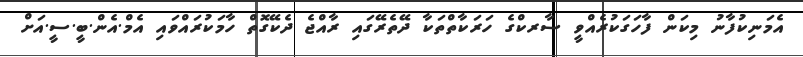
އެމަނިކުފާނު މިކަން ފާހަގަކުރެއްވީ ސާރކްގެ ހަރަކާތްތަކާ ދޭތެރޭގައި ރާއްޖެ ދެކޭގޮތް ހާމަކުރައްވައި އެމް.އެން.ބީ.ސީ.އަށް